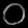
Digit: ၀